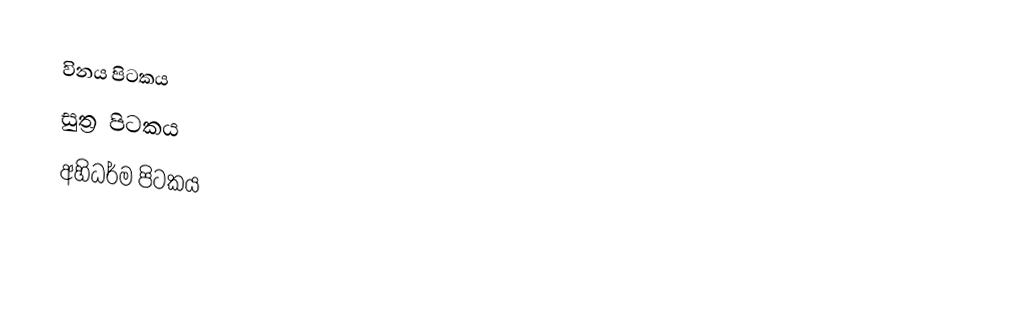
විනය පිටකය
 සුත්‍ර පිටකය
 අහිධර්ම පිටකය